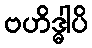
ဗဟိဒ္ဓါပိ